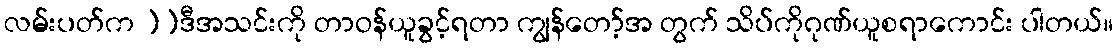
လမ်းပတ်က ]]ဒီအသင်းကို တာဝန်ယူခွင့်ရတာ ကျွန်တော့်အ တွက် သိပ်ကိုဂုဏ်ယူစရာကောင်း ပါတယ်။